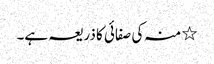
٭ منہ کی صفائی کا ذریعہ ہے۔